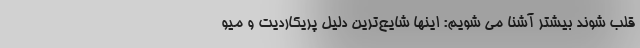
قلب شوند بیشتر آشنا می شویم: اینها شایع‌ترین دلیل پریکاردیت و میو